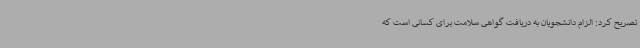
تصریح کرد: الزام دانشجویان به دریافت گواهی سلامت برای کسانی است که